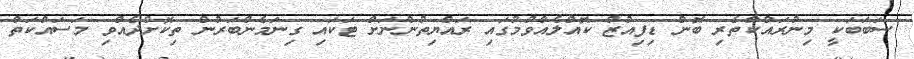
ސަބަބަކީ މިނުރައްކާތެރި ބޮން ޑިފިއުޒް ކޮއްލެއްވުމުގައި ރައްޔިތުންނަށް ޓަކައި ގިނަމެންބަރުން ތިކޮށްދެއްވި މަސައްކަތް